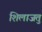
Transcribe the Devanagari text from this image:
शिलाजतु